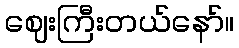
ဈေးကြီးတယ်နော်။